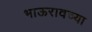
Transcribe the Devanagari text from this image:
भाऊरावच्या